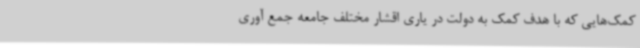
کمک‌هایی که با هدف کمک به دولت در یاری اقشار مختلف جامعه جمع آوری